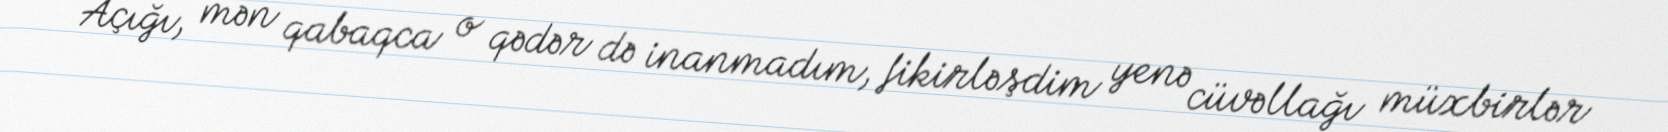
Açığı, mən qabaqca o qədər də inanmadım, fikirləşdim yenə cüvəllağı müxbirlər